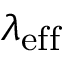
\lambda _ { \mathrm { e f f } }